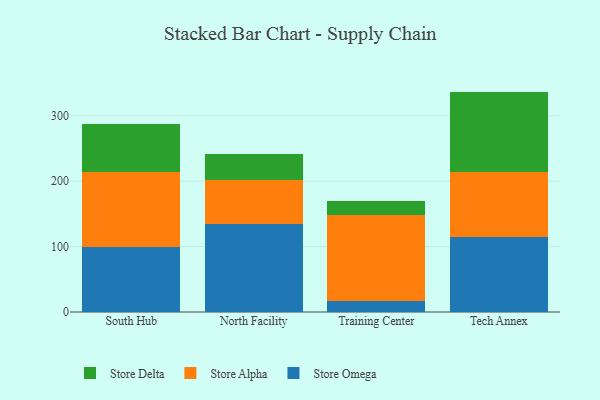
{"axis": {"x": "Campus", "y": "Net Income (USD K)"}, "legend": ["Store Alpha", "Store Delta", "Store Omega"], "data": [{"x": "South Hub", "y": 99.3, "type": "Store Omega"}, {"x": "South Hub", "y": 115.4, "type": "Store Alpha"}, {"x": "South Hub", "y": 72.4, "type": "Store Delta"}, {"x": "North Facility", "y": 133.8, "type": "Store Omega"}, {"x": "North Facility", "y": 68.8, "type": "Store Alpha"}, {"x": "North Facility", "y": 39.1, "type": "Store Delta"}, {"x": "Training Center", "y": 17.3, "type": "Store Omega"}, {"x": "Training Center", "y": 131.3, "type": "Store Alpha"}, {"x": "Training Center", "y": 21.2, "type": "Store Delta"}, {"x": "Tech Annex", "y": 114.4, "type": "Store Omega"}, {"x": "Tech Annex", "y": 99.0, "type": "Store Alpha"}, {"x": "Tech Annex", "y": 123.6, "type": "Store Delta"}]}